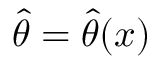
{ \widehat { \theta } } = { \widehat { \theta } } ( x )